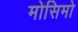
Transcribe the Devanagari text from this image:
मोसिमो